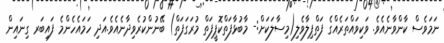
ނަމަވެސް ކާންވާނެއެވެ. ވަކިވައްތަރެއްގެ ފަތްޕިލާވެލި(މިސާލަކަށް:- މާބުޅާފަތްކޮޕީފަތް މުރަގަފަތް) ބޭނުންކުރެވިދާނެއެވެ.އަދި ހަމައެހެންމެ ފައިބަރ ގިނައިން